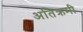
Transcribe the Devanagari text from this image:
अतिक्रमी